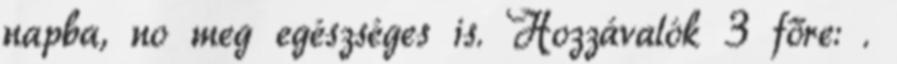
napba, no meg egészséges is. Hozzávalók 3 főre: .